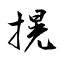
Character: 㨪